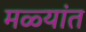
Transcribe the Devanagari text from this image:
मळ्यांत